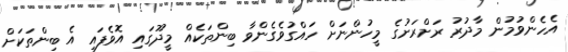
އެހެންވުމުން މާދުރު ރަށްރަށުގެ މީހުންނަށް ހައްގުވެގެންވާ ބިންތަކެއް މީދޫގައި އޮވެފައި އެ ބިންތަކަށް